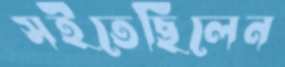
সইতেছিলেন